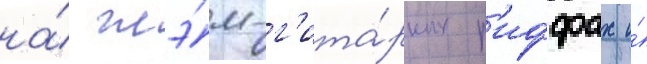
на́ глэ́м-г'ита́рных р'иффах и́